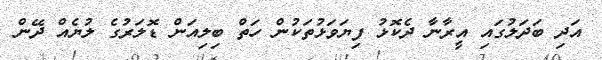
އަދި ބަދަލުގައި އީރާނާ ދެކޮޅު ފިޔަވަޅުތަކުން ހަތް ބިލިއަން ޑޮލަރުގެ ލުޔެއް ދޭން